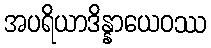
အပရိယာဒိန္နာယေဝဿ